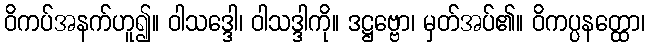
ဝိကပ်အနက်ဟူ၍။ ဝါသဒ္ဒေါ၊ ဝါသဒ္ဒါကို။ ဒဋ္ဌဗ္ဗော၊ မှတ်အပ်၏။ ဝိကပ္ပနတ္ထော၊